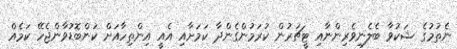
ނެތުމުގެ ޝަކުވާ ބެލެނިވެރިންނާއި ޓީޗަރުން ކުރަމުންގެންދާ ކަމަށާއި އެއީ އިންތިހާއަށް ކަންބޮޑުވާންޖެހޭ ކަމެއް